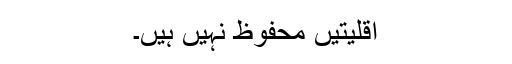
اقلیتیں محفوظ نہیں ہیں۔